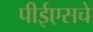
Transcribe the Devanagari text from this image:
पीईएसचे